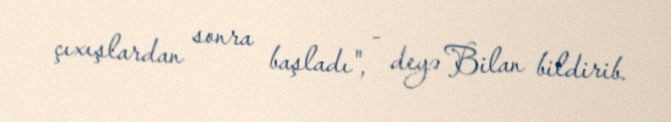
çıxışlardan sonra başladı", - deyə Bilan bildirib.